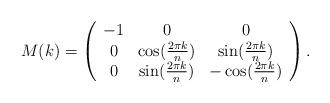
LaTeX: \begin{align*}M(k) = \left(\begin{array}{ccc}-1 & 0 & 0 \\0 & \cos (\frac{2\pi k}{n}) & \sin (\frac{2\pi k}{n}) \\ 0 & \sin (\frac{2\pi k}{n}) & -\cos (\frac{2\pi k}{n}) \end{array}\right).\end{align*}